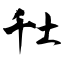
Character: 圱